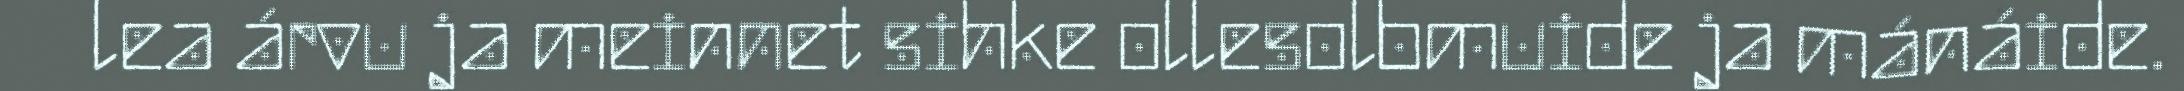
lea árvu ja meinnet sihke ollesolbmuide ja mánáide.